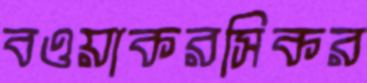
বওয়াকরসিকর